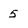
Character: 5